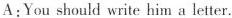
A:You should write him a letter.